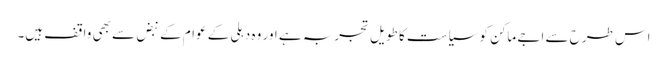
اس طرح سے اجے ماکن کو سیاست کا طویل تجربہ ہے اور وہ دہلی کے عوام کے نبض سے بھی واقف ہیں۔